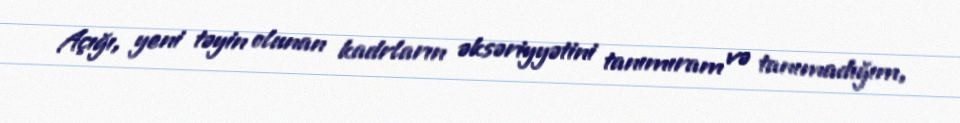
Açığı, yeni təyin olunan kadrların əksəriyyətini tanımıram və tanımadığım,